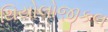
થિયોલોજીકલ